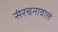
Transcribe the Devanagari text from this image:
संरचनावाले